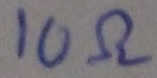
Text: 10Ω